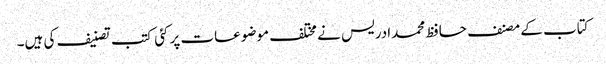
کتاب کے مصنف حافظ محمدادریس نے مختلف موضوعات پر کئی کتب تصنیف کی ہیں۔